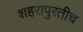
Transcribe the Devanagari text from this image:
शहरापुरतीच